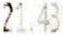
21.43